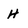
Character: H